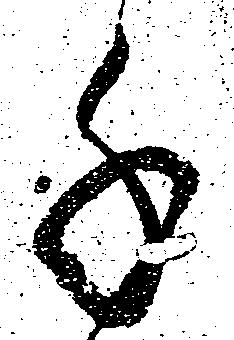
千